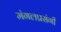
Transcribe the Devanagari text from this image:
मंगलप्रसंगी